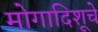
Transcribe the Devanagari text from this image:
मोगादिशूचे